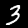
Digit: 3